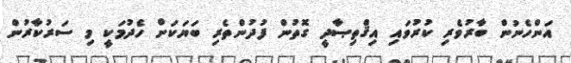
އަންހެނުން ބާރުވެރި ކުރުވައި އިޤްތިޞާދީ ގޮތުން ފުދުންތެރި ބަޔަކަށް ހެދުމަކީ މި ސަރުކާރުން